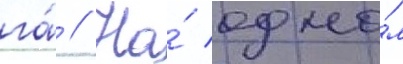
га́ // На́ одно́м